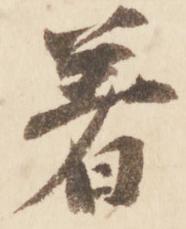
着